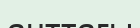
анттағы